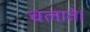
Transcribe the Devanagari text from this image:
चलाते।